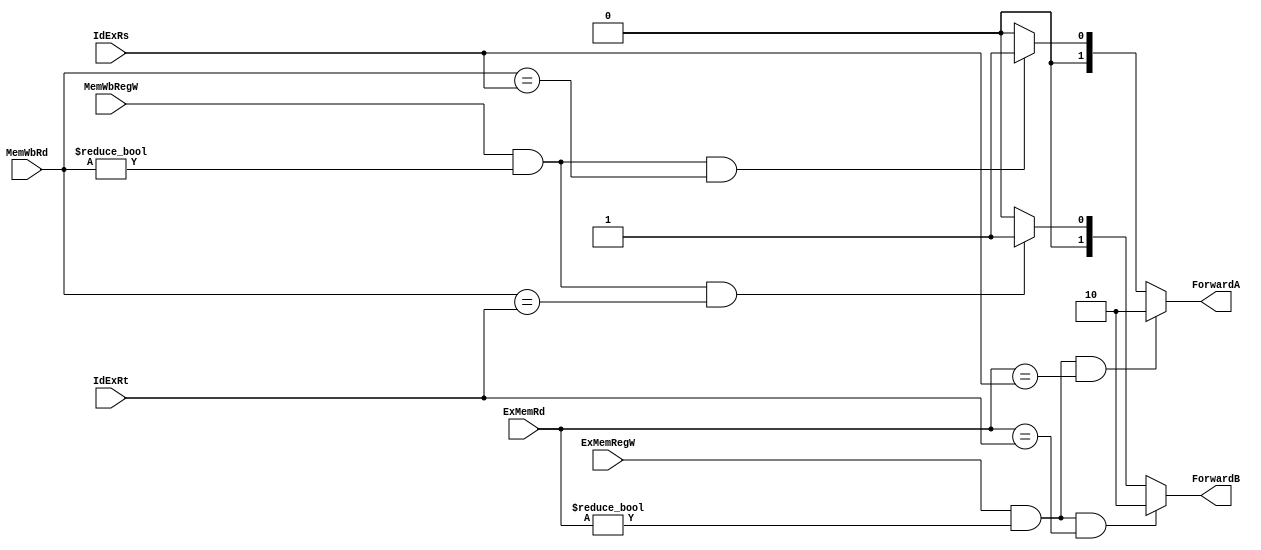
module ForwardUnit(
	IdExRs,
	IdExRt,
	ExMemRegW,
	ExMemRd,
	MemWbRegW,
	MemWbRd,
	ForwardA,
	ForwardB
);
input  [4:0] IdExRs;
input  [4:0] IdExRt;
input        ExMemRegW;
input  [4:0] ExMemRd;
input        MemWbRegW;
input  [4:0] MemWbRd;
output [1:0] ForwardA;
output [1:0] ForwardB;

reg [1:0] ForwardA_r, ForwardB_r;

assign ForwardA = ForwardA_r;
assign ForwardB = ForwardB_r;

always@(*) begin
	
	if( ExMemRegW && (ExMemRd != 0) && (ExMemRd == IdExRs)) ForwardA_r = 2'b10;
	else if( MemWbRegW && (MemWbRd != 0) && (MemWbRd == IdExRs)) ForwardA_r = 2'b01;
	else ForwardA_r = 2'b00;

	if( ExMemRegW && (ExMemRd != 0) && (ExMemRd == IdExRt)) ForwardB_r = 2'b10;
	else if( MemWbRegW && (MemWbRd != 0) && (MemWbRd == IdExRt)) ForwardB_r = 2'b01;
	else ForwardB_r = 2'b00;
end



endmodule